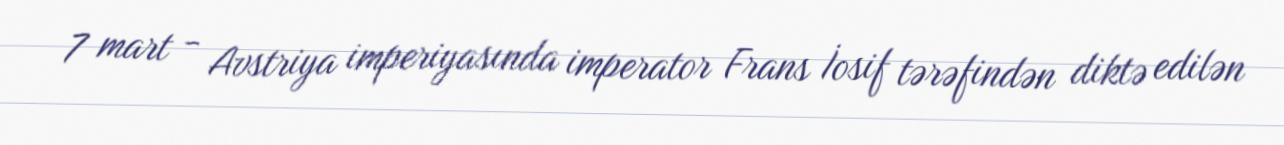
7 mart - Avstriya imperiyasında imperator Frans İosif tərəfindən diktə edilən